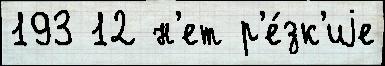
193 12 н'ет р'е́зк'иjе